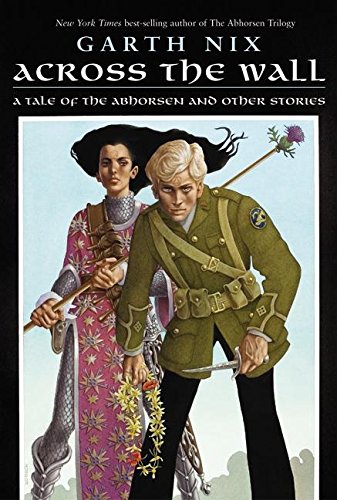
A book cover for Across the Wall: A Tale of the Abhorsen and Other Stories; Garth Nix; Science Fiction & Fantasy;